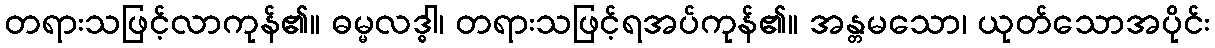
တရားသဖြင့်လာကုန်၏။ ဓမ္မလဒ္ဓါ၊ တရားသဖြင့်ရအပ်ကုန်၏။ အန္တမသော၊ ယုတ်သောအပိုင်း